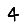
Digit: 4